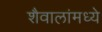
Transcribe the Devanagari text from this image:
शैवालांमध्ये